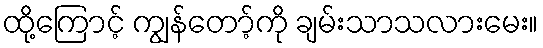
ထို့ကြောင့် ကျွန်တော့်ကို ချမ်းသာသလားမေး။